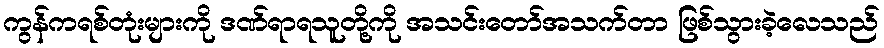
ကွန်ကရစ်တုံးများကို ဒဏ်ရာရသူတို့ကို အသင်းတော်အသက်တာ ဖြစ်သွားခဲ့လေသည်